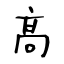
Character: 髙